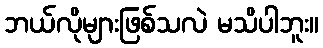
ဘယ်လိုများဖြစ်သလဲ မသိပါဘူး။